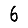
Digit: 6